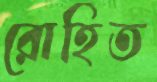
রোহিত